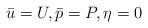
LaTeX: \begin{align*}\bar{u} = U, \bar{p} = P, \eta =0 \end{align*}